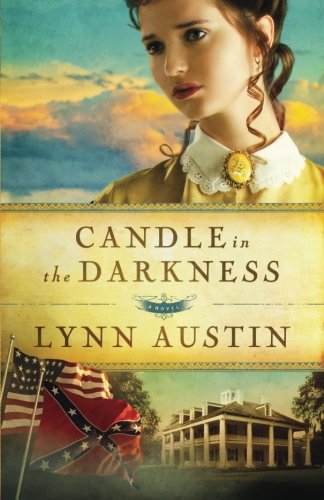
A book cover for Candle in the Darkness (Refiner's Fire) (Volume 1); Lynn Austin; Romance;